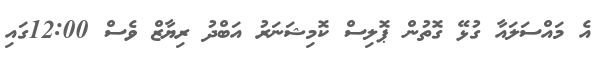
އެ މައްސަލައާ ގުޅޭ ގޮތުން ޕޮލިސް ކޮމިޝަނަރު އަބްދު ރިޔާޒް ވެސް 12:00ގައި